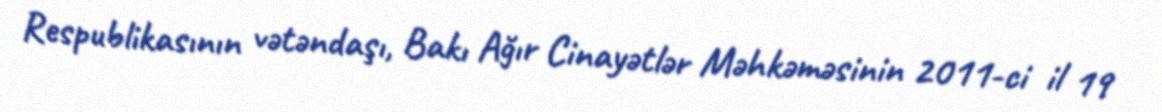
Respublikasının vətəndaşı, Bakı Ağır Cinayətlər Məhkəməsinin 2011-ci il 19